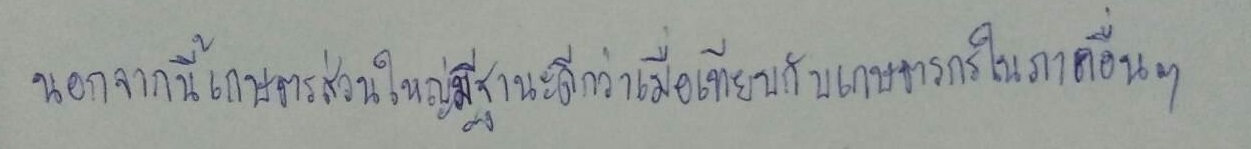
นอกจากนี้เกษตรกรส่วนใหญ่มีฐานะดีกว่าเมื่อเทียบกับเกษตรกรในภาคอื่นๆ